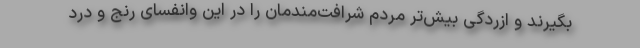
بگیرند و ازردگی بیش‌تر مردم شرافت‌مندمان را در این وانفسای رنج و درد